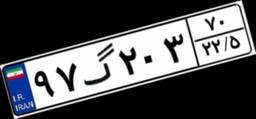
۹۷گ۲۰۳۷۰